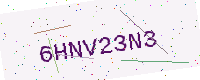
Text: 6HNV23N3